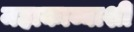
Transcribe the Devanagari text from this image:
महाकाव्याशी